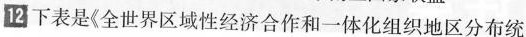
12下表是《全世界区域性经济合作和一体化组织地区分布统